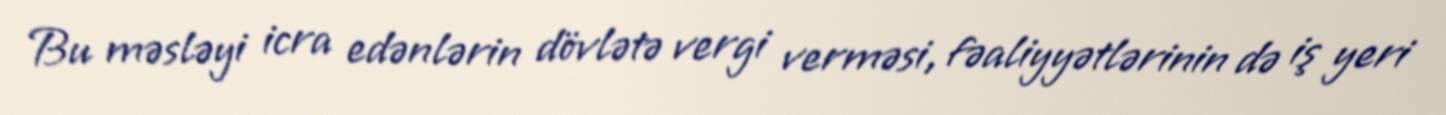
Bu məsləyi icra edənlərin dövlətə vergi verməsi, fəaliyyətlərinin də iş yeri